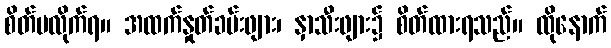
စိတ်မလိုက်ရ။ အထက်နှုတ်ခမ်းဖျား၊ နှာသီးဖျား၌ စိတ်ထားရသည်။ ထိုနောက်